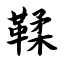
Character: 鞣